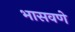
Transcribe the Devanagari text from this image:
भासवणे